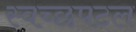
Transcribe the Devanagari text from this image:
स्वच्छपटल